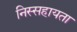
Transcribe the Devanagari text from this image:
निस्सहायता